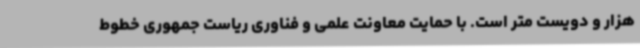
هزار و دویست متر است. با حمایت معاونت علمی و فناوری ریاست جمهوری خطوط